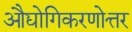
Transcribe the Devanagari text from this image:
औद्योगिकरणोत्तर